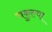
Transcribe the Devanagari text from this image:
चकुल्या